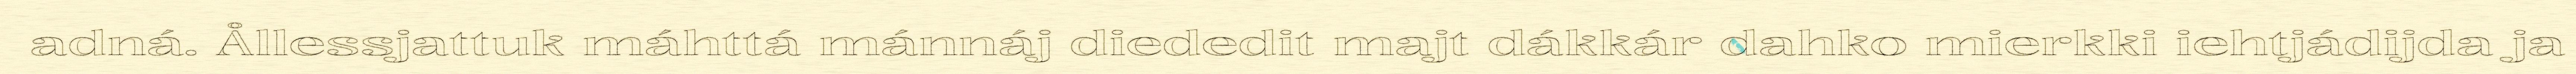
adná. Ållessjattuk máhttá mánnáj diededit majt dákkár dahko mierkki iehtjádijda ja